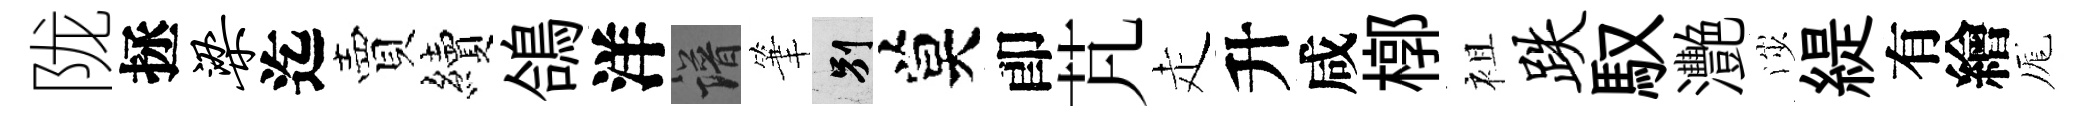
陇拯梁迄賣續鴿洋譜筆别莫卽芃走升咸槨袓跌馭灧渉緹有繪厖